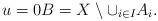
LaTeX: \begin{align*}u=0 B = X\setminus \cup_{i\in I} A_i.\end{align*}